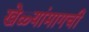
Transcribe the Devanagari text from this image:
खेळ्यांमागची